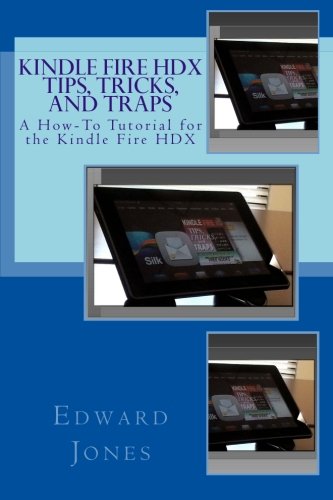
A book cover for Kindle Fire HDX Tips, Tricks, and Traps; Edward C Jones; Computers & Technology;